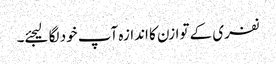
نفری کے توازن کا اندازہ آپ خود لگا لیجئے۔